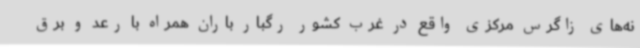
نه‌های زاگرس مرکزی واقع در غرب کشور رگبار باران همراه با رعد و برق